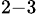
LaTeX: _{2-3}